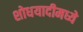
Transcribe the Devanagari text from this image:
शोधयादीमध्ये